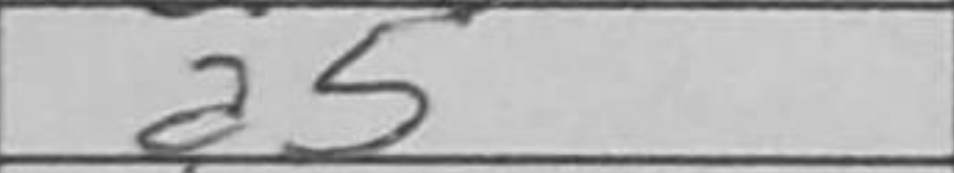
Transcription: a5